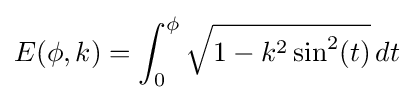
E(\phi ,k)=\int _{0}^{\phi }{\sqrt {1-k^{2}\sin ^{2}(t)}}\,dt